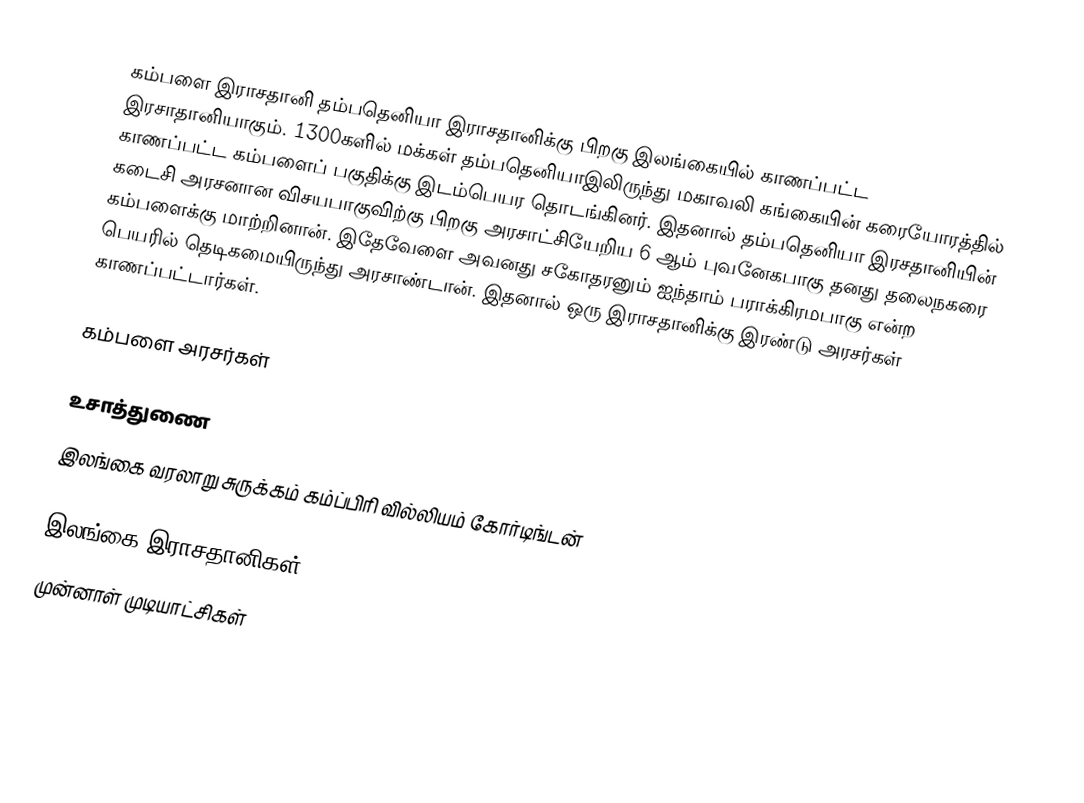
கம்பளை இராசதானி தம்பதெனியா இராசதானிக்கு பிறகு இலங்கையில் காணப்பட்ட இரசாதானியாகும். 1300களில் மக்கள் தம்பதெனியாஇலிருந்து மகாவலி கங்கையின் கரையோரத்தில் காணப்பட்ட கம்பளைப் பகுதிக்கு இடம்பெயர தொடங்கினர். இதனால் தம்பதெனியா இரசதானியின் கடைசி அரசனான விசயபாகுவிற்கு பிறகு அரசாட்சியேறிய 6 ஆம் புவனேகபாகு தனது தலைநகரை கம்பளைக்கு மாற்றினான். இதேவேளை அவனது சகோதரனும் ஐந்தாம் பராக்கிரமபாகு என்ற பெயரில் தெடிகமையிருந்து அரசாண்டான். இதனால் ஒரு இராசதானிக்கு இரண்டு அரசர்கள் காணப்பட்டார்கள்.

கம்பளை அரசர்கள்

உசாத்துணை
 இலங்கை வரலாறு சுருக்கம் கம்ப்பிரி வில்லியம் கோர்டிங்டன்

இலங்கை இராசதானிகள்
முன்னாள் முடியாட்சிகள்